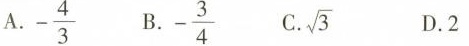
A.- \frac{4}{3} B - \frac{3}{4} . C.\sqrt{3}$$ D.2